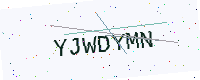
Text: YJWDYMN